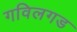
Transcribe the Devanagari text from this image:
गविलगड